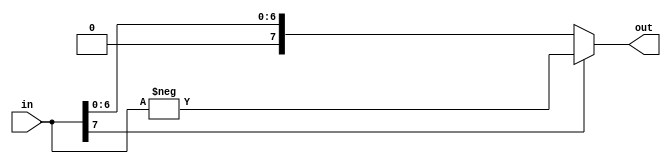
module Abs #(parameter WIDTH = 8) (
    input wire [WIDTH-1:0] in,
    output wire [WIDTH-1:0] out
);
    assign out = in[WIDTH-1] ? -in : in;
endmodule